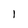
Character: 1